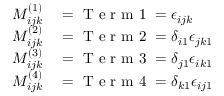
\begin{array} { r l } { M _ { i j k } ^ { ( 1 ) } } & { { } = \mathrm { ~ T ~ e ~ r ~ m ~ 1 ~ } = \epsilon _ { i j k } } \\ { M _ { i j k } ^ { ( 2 ) } } & { { } = \mathrm { ~ T ~ e ~ r ~ m ~ 2 ~ } = \delta _ { i 1 } \epsilon _ { j k 1 } } \\ { M _ { i j k } ^ { ( 3 ) } } & { { } = \mathrm { ~ T ~ e ~ r ~ m ~ 3 ~ } = \delta _ { j 1 } \epsilon _ { i k 1 } } \\ { M _ { i j k } ^ { ( 4 ) } } & { { } = \mathrm { ~ T ~ e ~ r ~ m ~ 4 ~ } = \delta _ { k 1 } \epsilon _ { i j 1 } } \end{array}